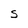
Character: S